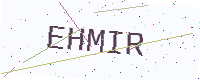
Text: EHMIR